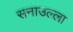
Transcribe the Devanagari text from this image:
सनाउल्ला